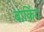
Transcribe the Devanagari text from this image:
बार्किग